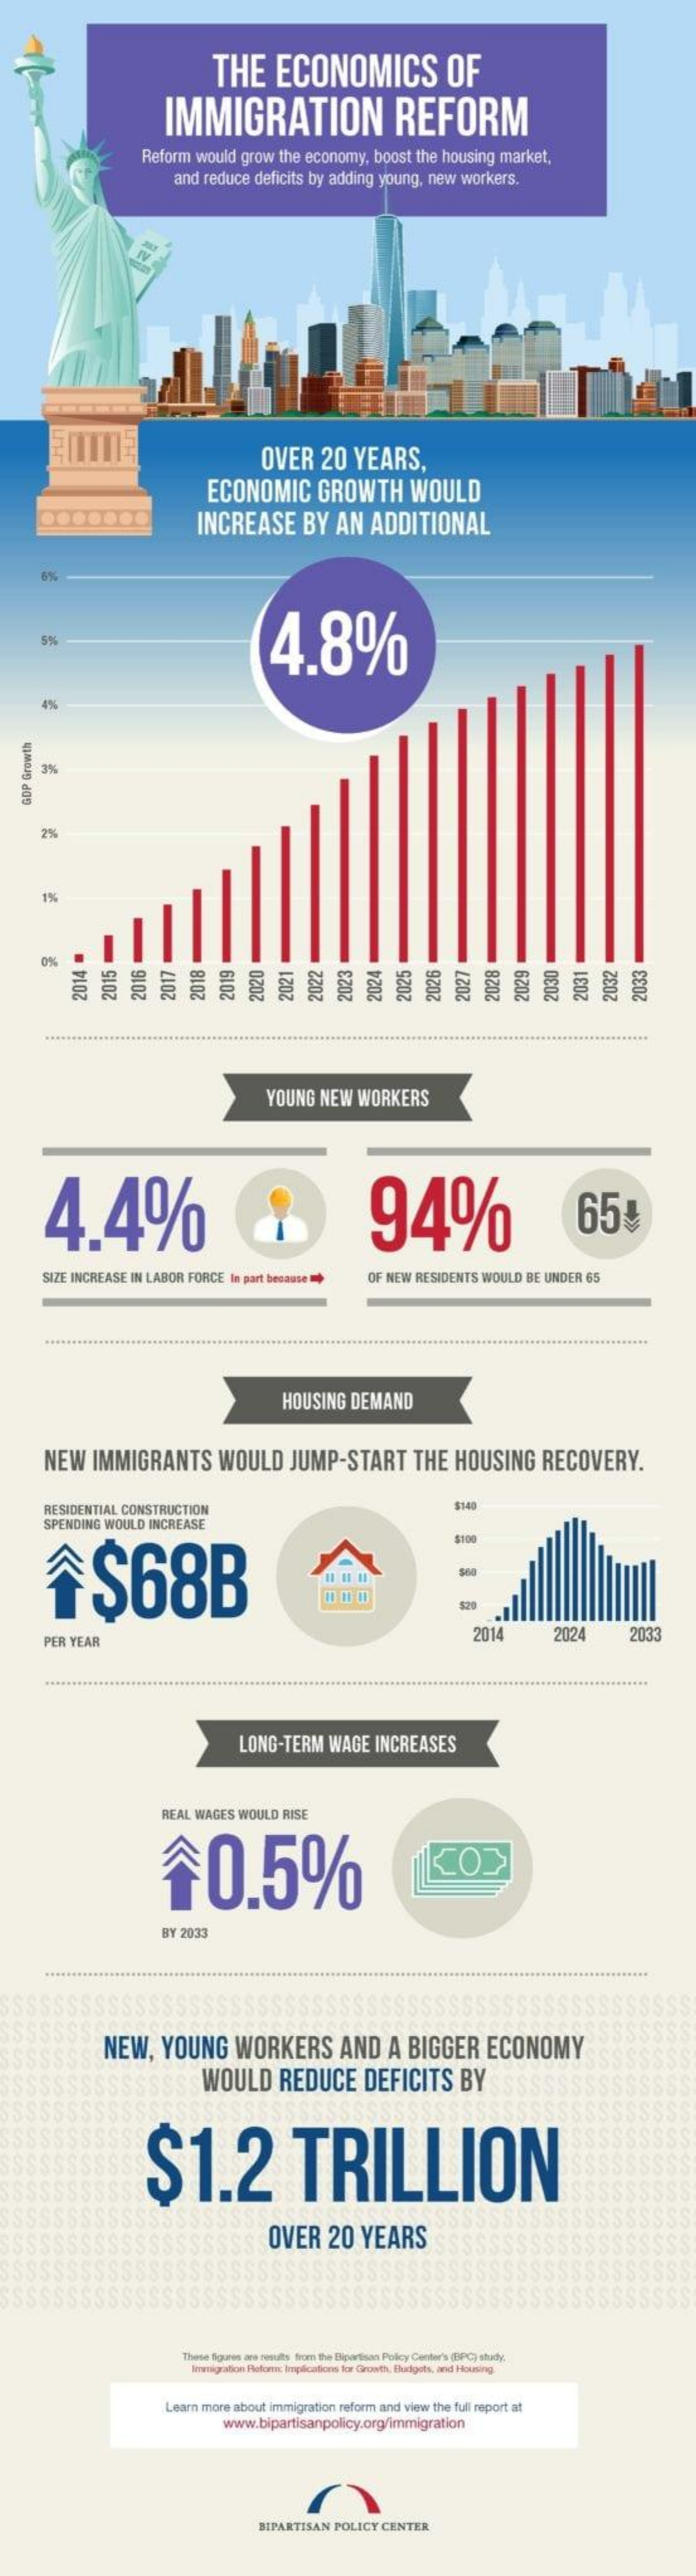
THE    ECONOMICS    OF
     IMMIGRATION    REFORM
     Reform would grow  the economy, boost the housing market,
     and reduce deficits by adding young, new workers.
     OVER   20   YEARS,
     ECONOMIC    GROWTH    WOULD
     INCREASE    BY  AN   ADDITIONAL
     4.8% 5%
     4%
     3%
   GDP
   Growth
     2%
     1%
     0%
     2015 2014 2016 2017    2027    2029 2018 2019 2024 2031 2032 2033 2020 2021 2022 2023 2025 2026 2028 2030
     YOUNG  NEW  WORKERS
     4.4%    94%    654
     SIZE INCREASE IN LABOR FORCE In part because OF NEW RESIDENTS WOULD BE UNDER 65
     HOUSING   DEMAND
     NEW   IMMIGRANTS    WOULD    JUMP-START    THE   HOUSING    RECOVERY.
     RESIDENTIAL CONSTRUCTION    $140
     SPENDING WOULD INCREASE
     $68B
     $100
     PER YEAR
     2014    2024    203
     ...........
     LONG-TERM    WAGE  INCREASES
     REAL WAGES WOULD RISE
     ↑    0.5%
     BY 2033
     NEW,    YOUNG    WORKERS    AND    A BIGGER    ECONOMY
     WOULD    REDUCE    DEFICITS    BY
     $1.2    TRILLION
     OVER   20   YEARS
     These figures are results from the Bipartisan Policy Costar's (BPC) shuty
     Imigration Retome Inpacetions for Growth, Budgets, and Housing
     Learn more about immigration reform and view the full report at
     www.bipartisanpolicy.org/immigration
     BIPARTISAN POLICY CENTER